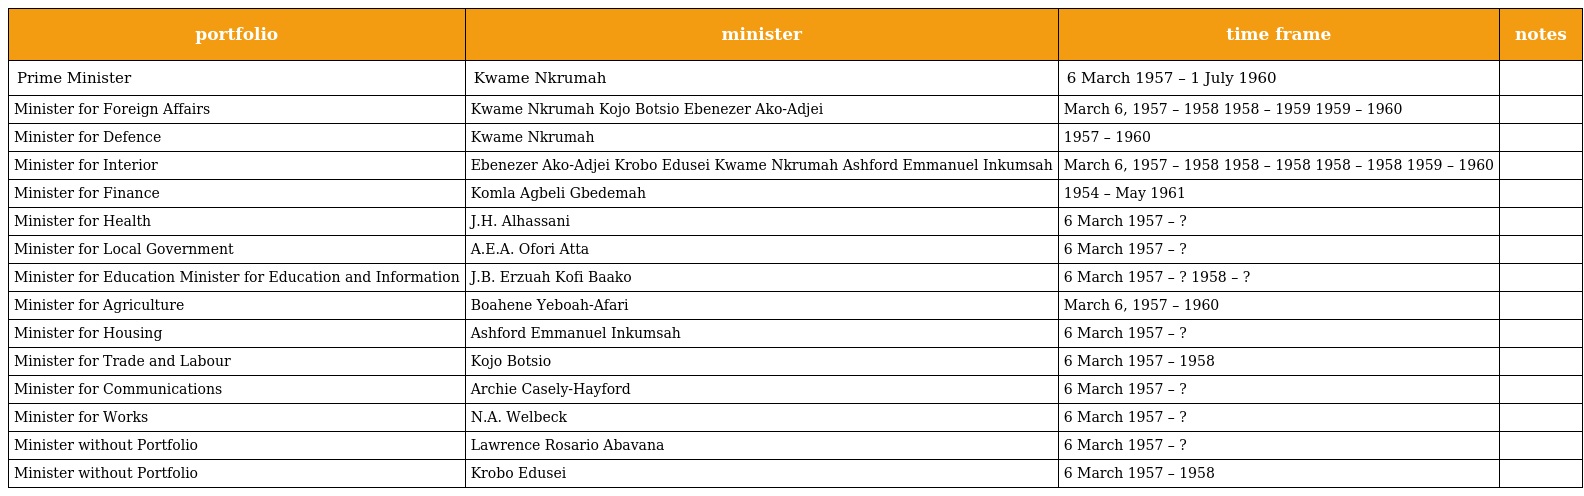
| portfolio | minister | time frame | notes |
 | --- | --- | --- | --- |
 | Prime Minister | Kwame Nkrumah | 6 March 1957 – 1 July 1960 |  |
 | Minister for Foreign Affairs | Kwame Nkrumah Kojo Botsio Ebenezer Ako-Adjei | March 6, 1957 – 1958 1958 – 1959 1959 – 1960 |  |
 | Minister for Defence | Kwame Nkrumah | 1957 – 1960 |  |
 | Minister for Interior | Ebenezer Ako-Adjei Krobo Edusei Kwame Nkrumah Ashford Emmanuel Inkumsah | March 6, 1957 – 1958 1958 – 1958 1958 – 1958 1959 – 1960 |  |
 | Minister for Finance | Komla Agbeli Gbedemah | 1954 – May 1961 |  |
 | Minister for Health | J.H. Alhassani | 6 March 1957 – ? |  |
 | Minister for Local Government | A.E.A. Ofori Atta | 6 March 1957 – ? |  |
 | Minister for Education Minister for Education and Information | J.B. Erzuah Kofi Baako | 6 March 1957 – ? 1958 – ? |  |
 | Minister for Agriculture | Boahene Yeboah-Afari | March 6, 1957 – 1960 |  |
 | Minister for Housing | Ashford Emmanuel Inkumsah | 6 March 1957 – ? |  |
 | Minister for Trade and Labour | Kojo Botsio | 6 March 1957 – 1958 |  |
 | Minister for Communications | Archie Casely-Hayford | 6 March 1957 – ? |  |
 | Minister for Works | N.A. Welbeck | 6 March 1957 – ? |  |
 | Minister without Portfolio | Lawrence Rosario Abavana | 6 March 1957 – ? |  |
 | Minister without Portfolio | Krobo Edusei | 6 March 1957 – 1958 |  |